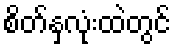
စိတ်နှလုံးထဲတွင်